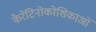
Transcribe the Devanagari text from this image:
केरेटिनोकोशिकाओं